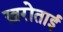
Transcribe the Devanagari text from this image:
ख़रोताई